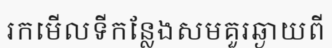
រកមើលទីកន្លែងសមគួរឆ្ងាយពី